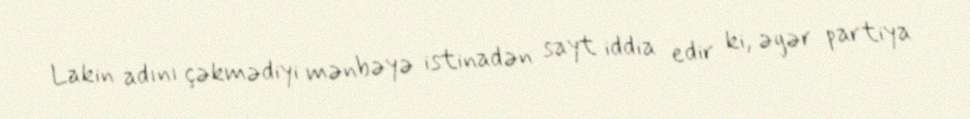
Lakin adını çəkmədiyi mənbəyə istinadən sayt iddia edir ki, əgər partiya